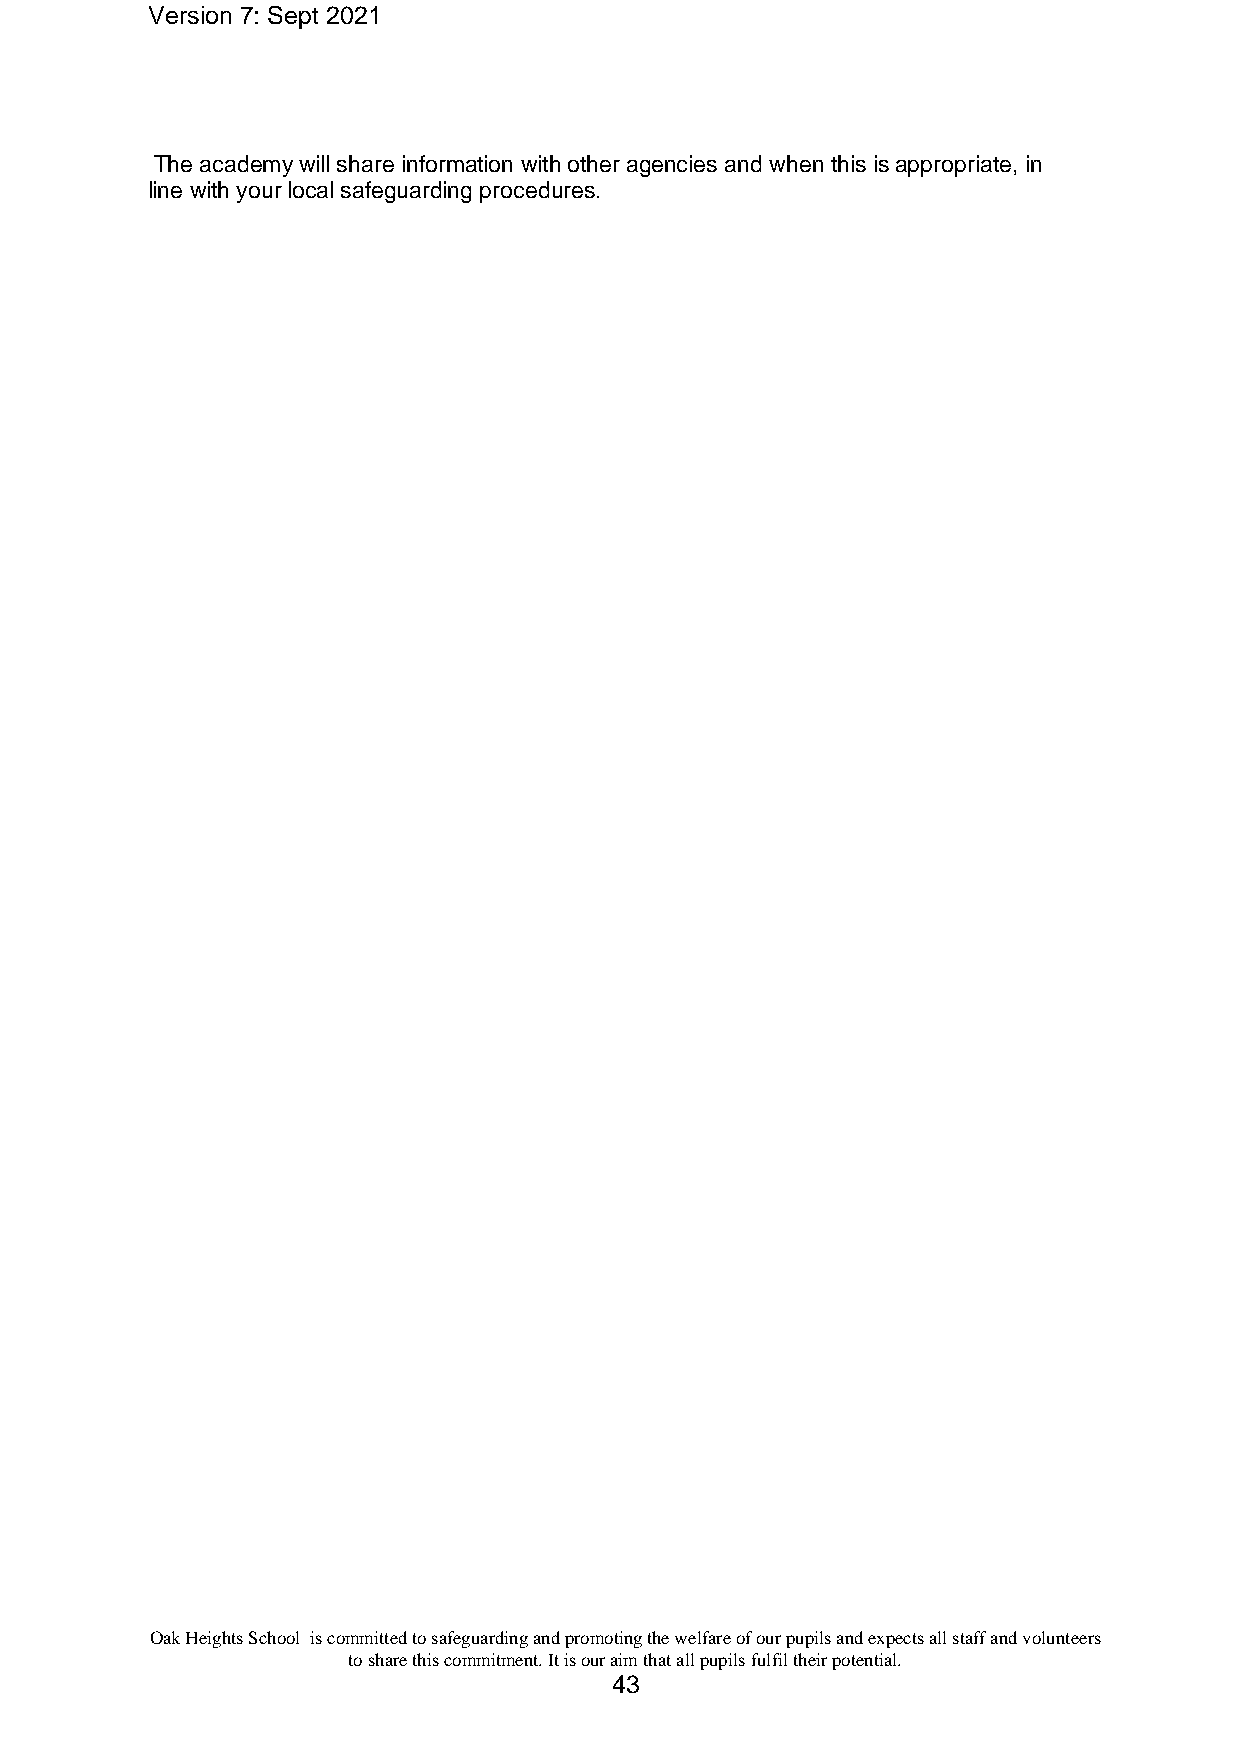
Version 7: Sept 2021
 The academy will share information with other agencies and when this is appropriate, in
 line with your local safeguarding procedures.
 Oak Heights School is committed to safeguarding and promoting the welfare of our pupils and expects all staff and volunteers
 to share this commitment. It is our aim that all pupils fulfil their potential.
 43